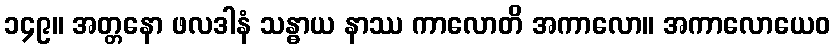
၁၄၉။ အတ္တနော ဖလဒါနံ သန္ဓာယ နာဿ ကာလောတိ အကာလော။ အကာလောယေဝ